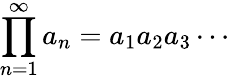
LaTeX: \prod_{n=1}^{\infty}a_{n}=a_{1}a_{2}a_{3}\cdots